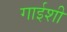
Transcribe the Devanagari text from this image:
गाईशी